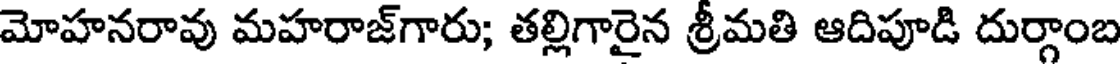
మోహనరావు మహరాజ్గారు; తల్లిగారైన శ్రీమతి ఆదిపూడి దుర్గాంబ